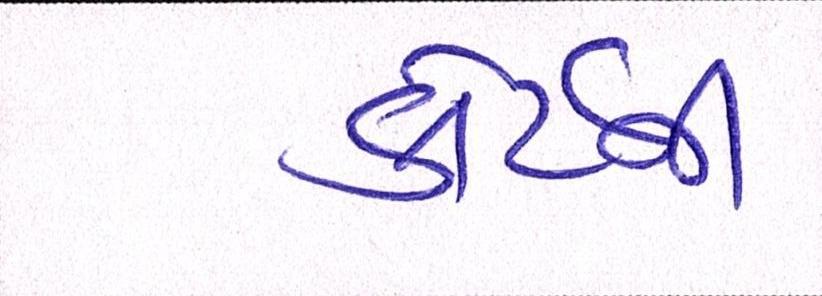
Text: કોર્ટની